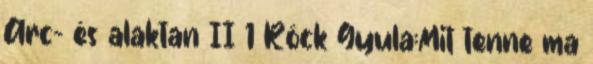
Arc- és alaktan II 1 Röck Gyula:Mit tenne ma